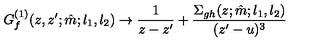
G _ { f } ^ { ( 1 ) } ( z , z ^ { \prime } ; \hat { m } ; l _ { 1 } , l _ { 2 } ) \to \frac { 1 } { z - z ^ { \prime } } + \frac { \Sigma _ { g h } ( z ; \hat { m } ; l _ { 1 } , l _ { 2 } ) } { ( z ^ { \prime } - u ) ^ { 3 } }